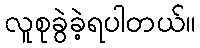
လူစုခွဲခဲ့ရပါတယ်။